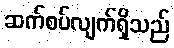
ဆက်စပ်လျက်ရှိသည်